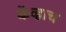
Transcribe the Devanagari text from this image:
केंव्हाच